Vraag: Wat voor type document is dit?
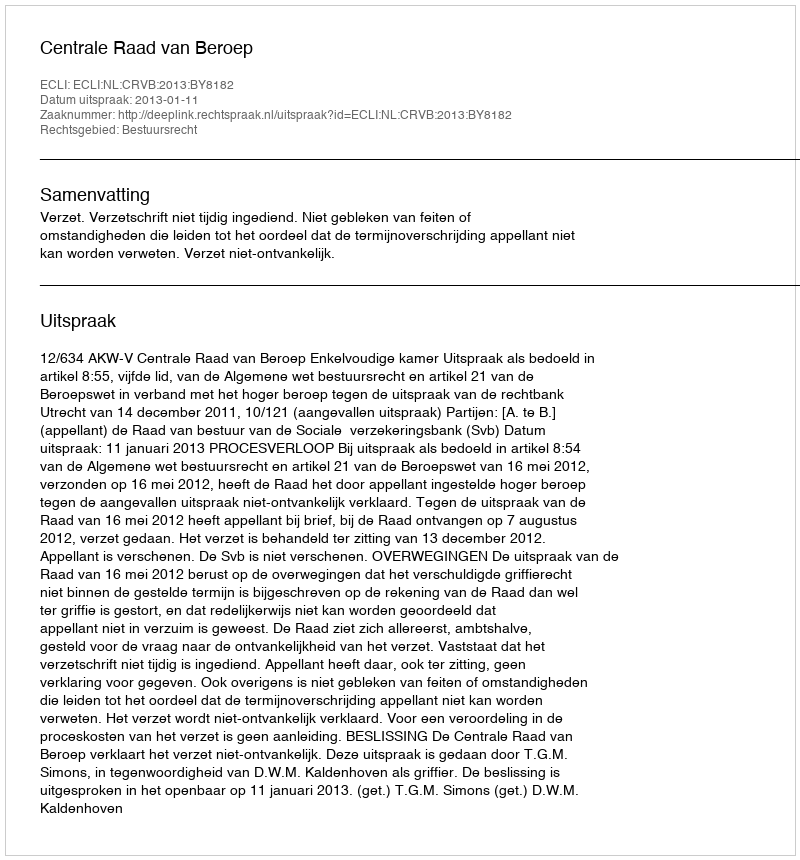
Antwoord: Uitspraak